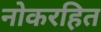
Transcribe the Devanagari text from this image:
नोकरहित